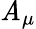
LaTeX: \mathit{A}_{\mu}